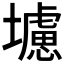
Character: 𭐁